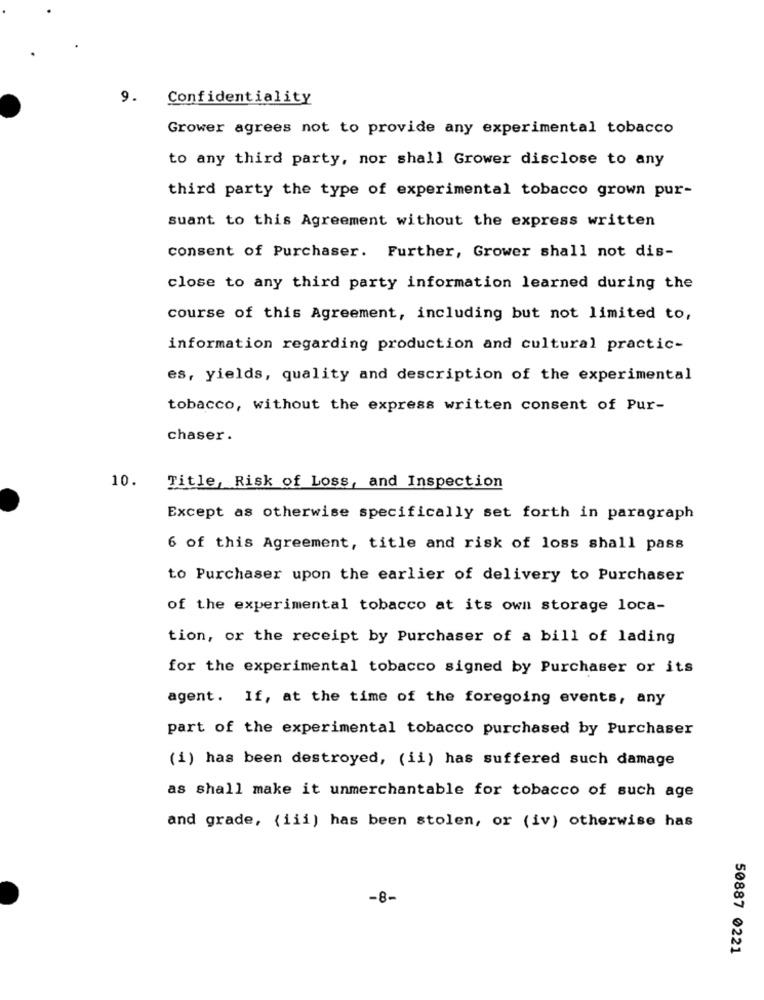
9. Confidentiality
Grower agrees not to provide any experimental tobacco
to any third party, nor shall Grower disclose to any
third party the type of experimental tobacco grown pur-
suant to this Agreement without the express written
consent of Purchaser. Further, Grower shall not dis-
close to any third party information learned during the
course of this Agreement, including but not limited to,
information regarding production and cultural practic-
es, yields, quality and description of the experimental
tobacco, without the express written consent of Pur-
chaser .
10.
Title, Risk of Loss, and Inspection
Except as otherwise specifically set forth in paragraph
6 of this Agreement, title and risk of loss shall pass
to Purchaser upon the earlier of delivery to Purchaser
of the experimental tobacco at its own storage loca-
tion, or the receipt by Purchaser of a bill of lading
for the experimental tobacco signed by Purchaser or its
agent. If, at the time of the foregoing events, any
part of the experimental tobacco purchased by Purchaser
(i) has been destroyed, (ii) has suffered such damage
as shall make it unmerchantable for tobacco of such age
and grade, (iii) has been stolen, or (iv) otherwise has
-8-
50887 0221